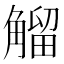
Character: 𧤝